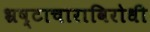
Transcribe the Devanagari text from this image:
भ्रष्टाचाराविरोधी